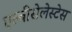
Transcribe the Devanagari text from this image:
एल्बीसेलेस्टेस